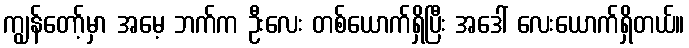
ကျွန်တော့်မှာ အမေ့ ဘက်က ဦးလေး တစ်ယောက်ရှိပြီး အဒေါ် လေးယောက်ရှိတယ်။